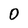
Character: 0